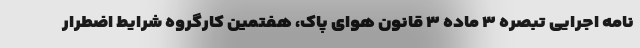
نامه اجرایی تبصره ۳ ماده ۳ قانون هوای پاک، هفتمین کارگروه شرایط اضطرار